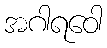
အဂါရဝေါ